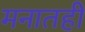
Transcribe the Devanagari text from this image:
मनातही